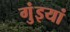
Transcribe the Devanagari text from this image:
गुंइयां